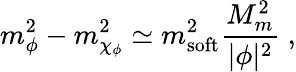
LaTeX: m_{\phi}^{2}-m_{\chi_{\phi}}^{2}\simeq m_{\mathrm{soft}}^{2}\frac{M_{m}^{2}}{|\phi|^{2}}\; ,